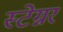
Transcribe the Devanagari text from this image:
स्टेग्नर